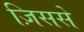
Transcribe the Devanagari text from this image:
ज़िससे